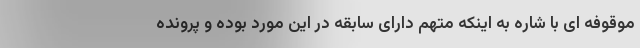
موقوفه ای با شاره به اینکه متهم دارای سابقه در این مورد بوده و پرونده